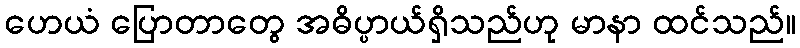
ဟေယံ ပြောတာတွေ အဓိပ္ပာယ်ရှိသည်ဟု မာနာ ထင်သည်။